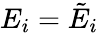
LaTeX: E_{i}=\tilde{E}_{i}